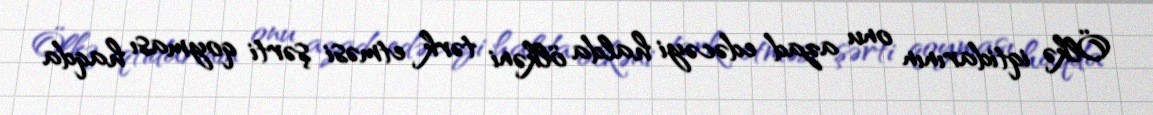
Ölkə iqtidarının onu azad edəcəyi halda ölkəni tərk etməsi şərti qoyması haqda